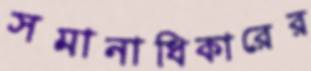
সমানাধিকারের